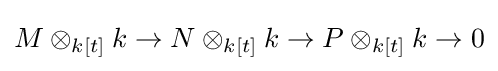
M\otimes _{k[t]}k\to N\otimes _{k[t]}k\to P\otimes _{k[t]}k\to 0